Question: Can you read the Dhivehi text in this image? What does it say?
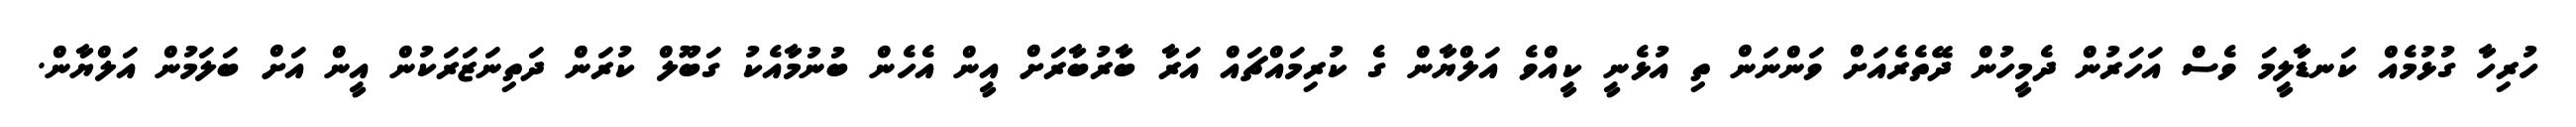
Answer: ހުރިހާ ގުޅުމެއް ކަނޑާލީމަ ވެސް އަހަރުން ދެމީހުން ދޭތެރެއަށް ވަންނަން ތި އުޅެނީ ކީއްވެ އަލްޔާން ގެ ކުރިމައްޗައް އަރާ ބާރުބާރަށް އީން އެހެން ބުނުމާއެކު ގަބޫލް ކުރަން ދަތިނަޒަރަކުން އީން އަށް ބަލަމުން އަލްޔާން.